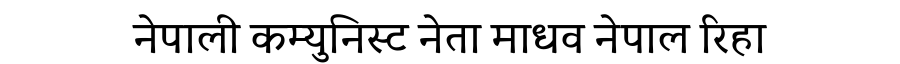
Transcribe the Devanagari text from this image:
नेपाली कम्युनिस्ट नेता माधव नेपाल रिहा